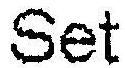
SET